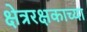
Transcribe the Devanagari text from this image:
क्षेत्ररक्षकाच्या